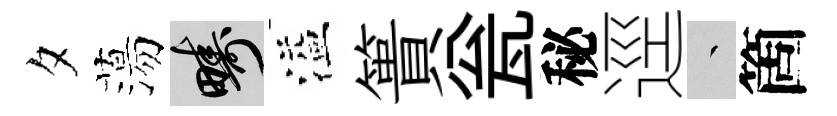
夕蕩疇溢簣瓮秘逕叢箇